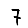
Digit: 7